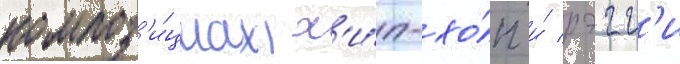
композ'и́циах х'и́п-хо́п и́ рэгг'и